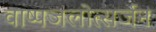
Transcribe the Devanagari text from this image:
वाष्पजलोत्सर्जन